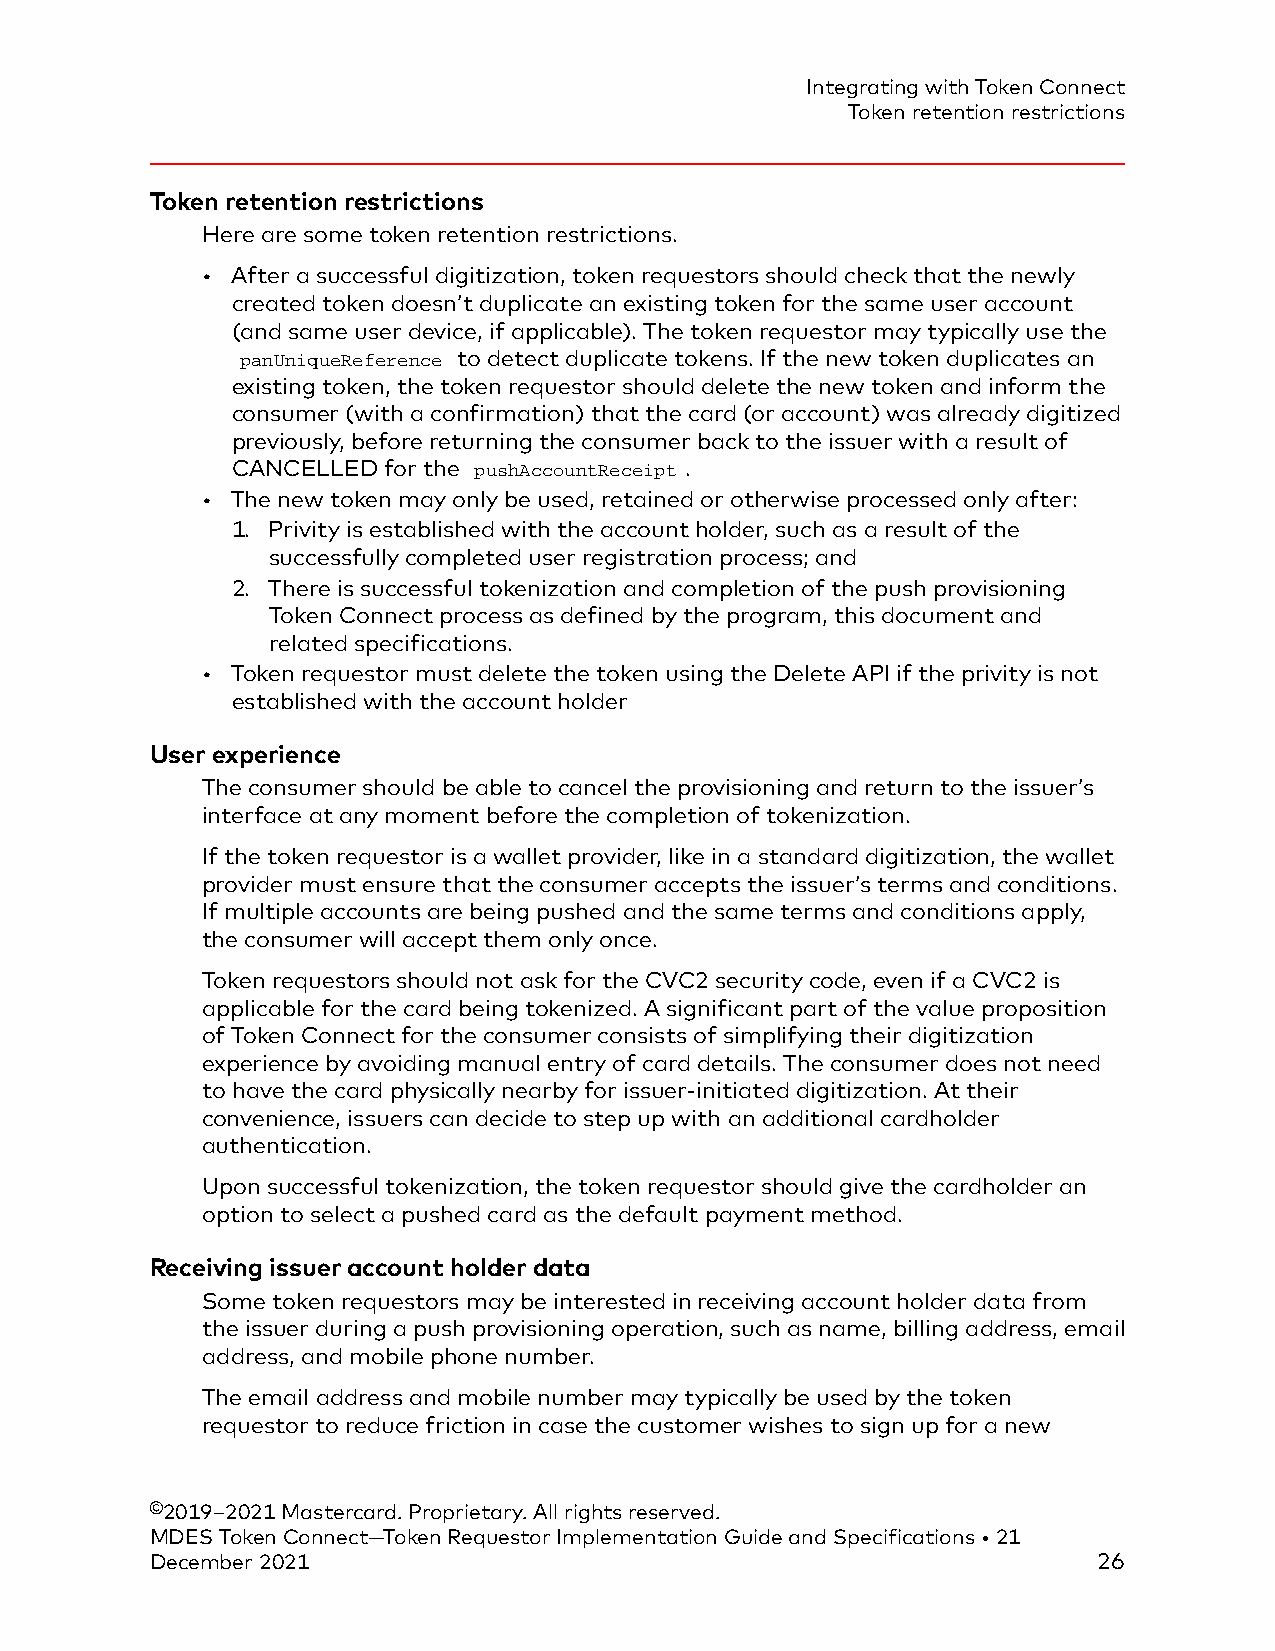
Integrating with Token Connect
 Token retention restrictions
 Token retention restrictions
 Here are some token retention restrictions.
 • After a successful digitization, token requestors should check that the newly
 created token doesn’t duplicate an existing token for the same user account
 (and same user device, if applicable). The token requestor may typically use the
 panUniqueReference to detect duplicate tokens. If the new token duplicates an
 existing token, the token requestor should delete the new token and inform the
 consumer (with a confirmation) that the card (or account) was already digitized
 previously, before returning the consumer back to the issuer with a result of
 CANCELLED for the pushAccountReceipt .
 • The new token may only be used, retained or otherwise processed only after:
 1. Privity is established with the account holder, such as a result of the
 successfully completed user registration process; and
 2. There is successful tokenization and completion of the push provisioning
 Token Connect process as defined by the program, this document and
 related specifications.
 • Token requestor must delete the token using the Delete API if the privity is not
 established with the account holder
 User experience
 The consumer should be able to cancel the provisioning and return to the issuer’s
 interface at any moment before the completion of tokenization.
 If the token requestor is a wallet provider, like in a standard digitization, the wallet
 provider must ensure that the consumer accepts the issuer’s terms and conditions.
 If multiple accounts are being pushed and the same terms and conditions apply,
 the consumer will accept them only once.
 Token requestors should not ask for the CVC2 security code, even if a CVC2 is
 applicable for the card being tokenized. A significant part of the value proposition
 of Token Connect for the consumer consists of simplifying their digitization
 experience by avoiding manual entry of card details. The consumer does not need
 to have the card physically nearby for issuer-initiated digitization. At their
 convenience, issuers can decide to step up with an additional cardholder
 authentication.
 Upon successful tokenization, the token requestor should give the cardholder an
 option to select a pushed card as the default payment method.
 Receiving issuer account holder data
 Some token requestors may be interested in receiving account holder data from
 the issuer during a push provisioning operation, such as name, billing address, email
 address, and mobile phone number.
 The email address and mobile number may typically be used by the token
 requestor to reduce friction in case the customer wishes to sign up for a new
 ©2019–2021 Mastercard. Proprietary. All rights reserved.
 MDES Token Connect—Token Requestor Implementation Guide and Specifications • 21
 December 2021                                                  26